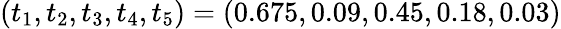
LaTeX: (t_{1},t_{2},t_{3},t_{4},t_{5})=(0.675,0.09,0.45,0.18,0.03)